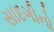
સાદગીનો